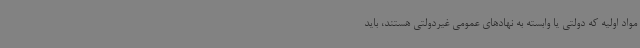
مواد اولیه که دولتی یا وابسته به نهادهای عمومی غیردولتی هستند، باید